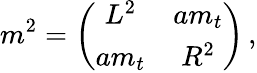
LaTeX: m^{2}=\left(\begin{array}{cc}{{L^{2}}}&{{am_{t}}}\\ {{am_{t}}}&{{R^{2}}}\end{array}\right)\, ,